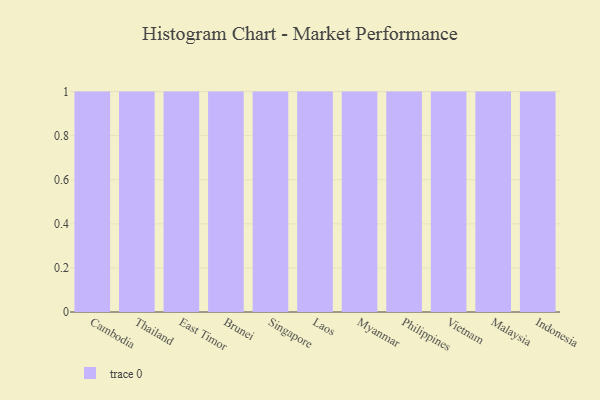
{"axis": {"x": "Country", "y": "Churn Rate (%)"}, "legend": [""], "data": [{"x": "Cambodia", "y": 67, "type": ""}, {"x": "Thailand", "y": 70, "type": ""}, {"x": "East Timor", "y": 44, "type": ""}, {"x": "Brunei", "y": 70, "type": ""}, {"x": "Singapore", "y": 37, "type": ""}, {"x": "Laos", "y": 56, "type": ""}, {"x": "Myanmar", "y": 52, "type": ""}, {"x": "Philippines", "y": 47, "type": ""}, {"x": "Vietnam", "y": 56, "type": ""}, {"x": "Malaysia", "y": 75, "type": ""}, {"x": "Indonesia", "y": 47, "type": ""}]}